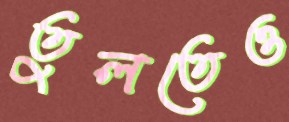
তুলতেও